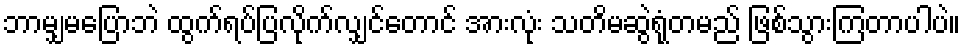
ဘာမျှမပြောဘဲ ထွက်ရပ်ပြလိုက်လျှင်တောင် အားလုံး သတိမဆွဲရုံတမည် ဖြစ်သွားကြတာပါပဲ။